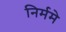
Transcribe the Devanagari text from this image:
निर्ममे